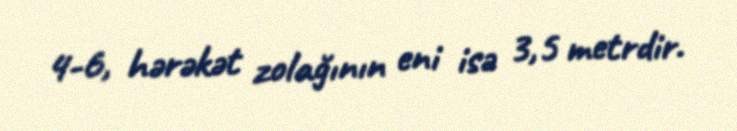
4-6, hərəkət zolağının eni isə 3,5 metrdir.